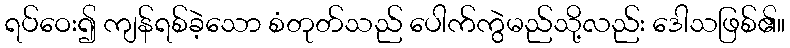
ရပ်ဝေး၍ ကျန်ရစ်ခဲ့သော စံတုတ်သည် ပေါက်ကွဲမည်သို့လည်း ဒေါသဖြစ်၏။